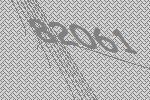
82061